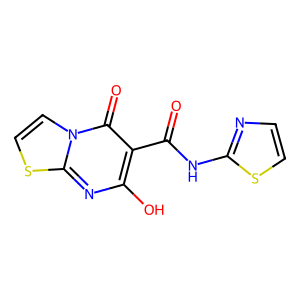
SMILES: O=C(Nc1nccs1)c1c(O)nc2sccn2c1=O
Inhibits HIV replication: No